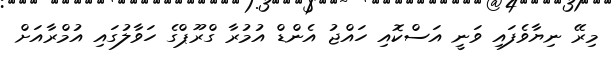
މިރޭ ނިޔާވެފައި ވަނީ އަސްކޮއި ހައްޖު އެންޑް އުމުރާ ގްރޫޕްގެ ހަވާލުގައި އުމްރާއަށް